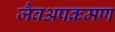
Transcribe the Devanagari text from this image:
जैवअपक्रमण